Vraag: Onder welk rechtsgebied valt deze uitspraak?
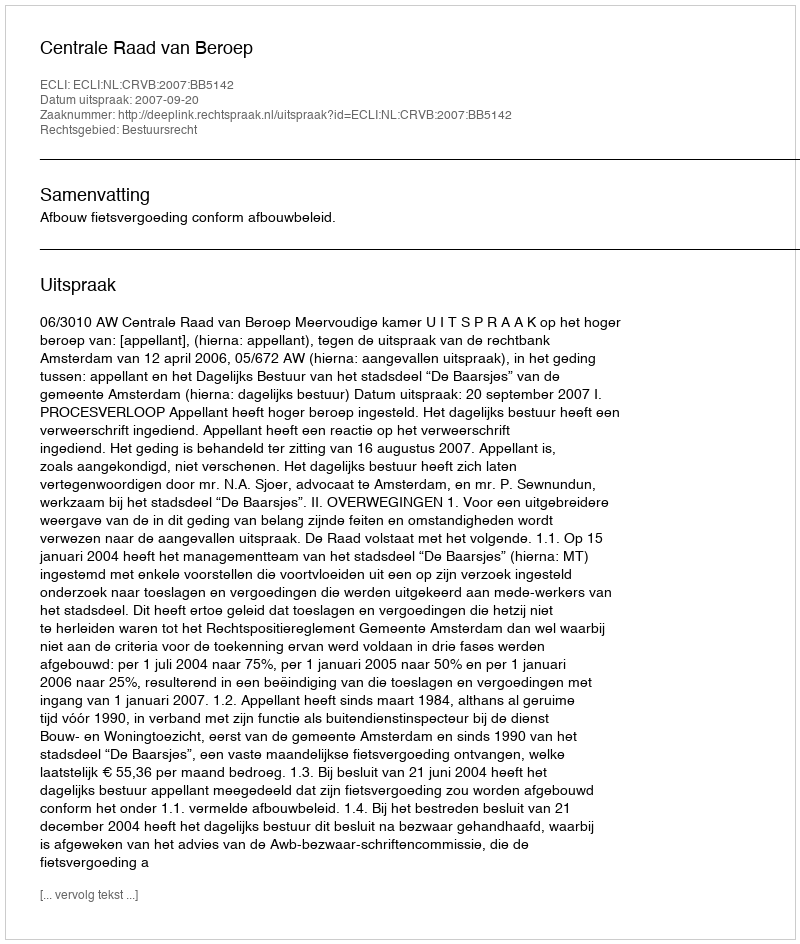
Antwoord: Bestuursrecht